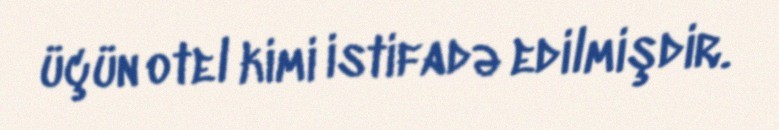
üçün otel kimi istifadə edilmişdir.